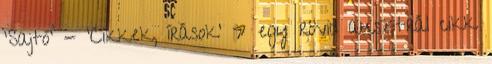
'Sajtó' - 'Cikkek, írások' » egy rövid ausztrál cikk